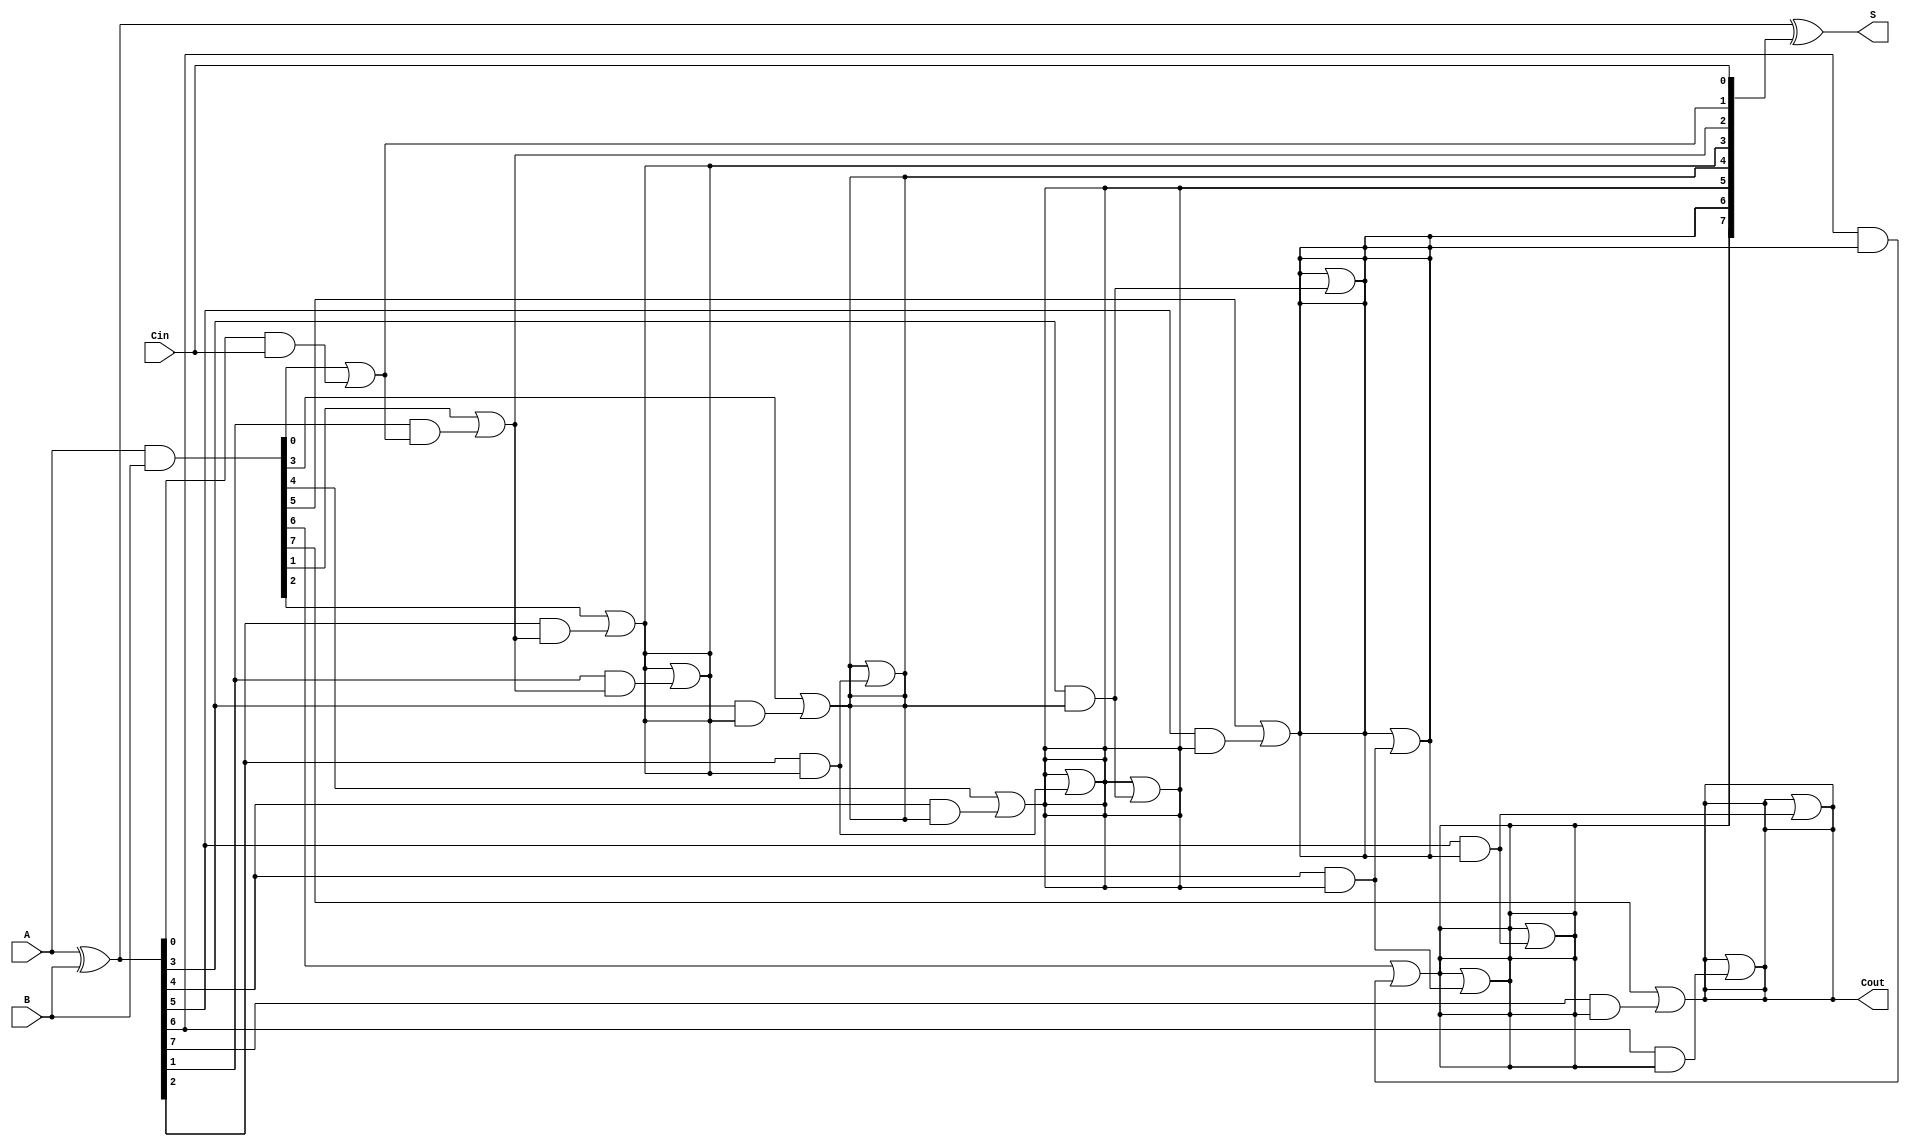
module KoggeStoneAdder #(parameter n = 8) (
    input  [n-1:0] A,      // First operand
    input  [n-1:0] B,      // Second operand
    input          Cin,     // Carry-in
    output [n-1:0] S,      // Sum output
    output         Cout     // Carry-out
);

    // Generate and propagate signals
    wire [n-1:0] P; // Propagate
    wire [n-1:0] G; // Generate
    wire [n:0] C;   // Carry signals

    // Generate and propagate calculations
    assign P = A ^ B; // P[i] = A[i] XOR B[i]
    assign G = A & B; // G[i] = A[i] AND B[i]

    // Initialize carry signals
    assign C[0] = Cin; // C[0] is the carry-in

    // Kogge-Stone carry generation
    genvar i, j;
    generate
        // Stage 1
        for (i = 0; i < n; i = i + 1) begin
            if (i == 0) begin
                assign C[i + 1] = G[i] | (P[i] & C[i]);
            end else begin
                assign C[i + 1] = G[i] | (P[i] & C[i]);
            end
        end

        // Subsequent stages
        for (j = 1; j < n; j = j + 1) begin
            for (i = 0; i < n; i = i + 1) begin
                if (i >= (1 << j)) begin
                    assign C[i + 1] = C[i + 1] | (P[i - (1 << (j - 1))] & C[i - (1 << (j - 1)) + 1]);
                end
            end
        end
    endgenerate

    // Sum calculation
    assign S = P ^ C[n-1:0]; // S[i] = P[i] XOR C[i]

    // Carry-out
    assign Cout = C[n];

endmodule